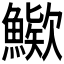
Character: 𩺶